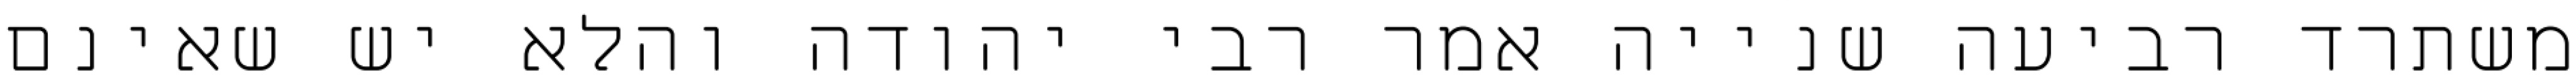
משתרד רביעה שנייה אמר רבי יהודה והלא יש שאינם